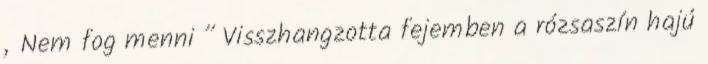
„Nem fog menni ” Visszhangzotta fejemben a rózsaszín hajú